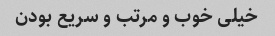
خیلی خوب و مرتب و سریع بودن